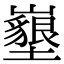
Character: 𡓚